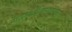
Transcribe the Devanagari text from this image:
माइकोटॉक्सिकोसिस